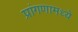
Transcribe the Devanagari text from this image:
प्रांगणामध्ये